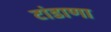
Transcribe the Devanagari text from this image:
टांडाणा